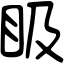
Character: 𥄫